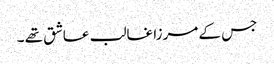
جس کے مرزا غالب عاشق تھے ۔